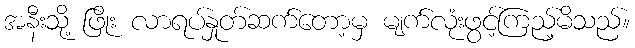
အနီးသို့ ဖြိုး လာရပ်နှုတ်ဆက်တော့မှ မျက်လုံးဖွင့်ကြည့်မိသည်။